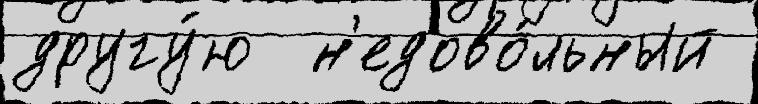
другу́ю  н'едово́льный